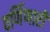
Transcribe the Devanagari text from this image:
वर्णिणारी